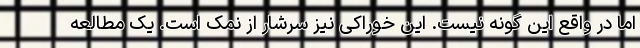
اما در واقع این گونه نیست. این خوراکی نیز سرشار از نمک است. یک مطالعه